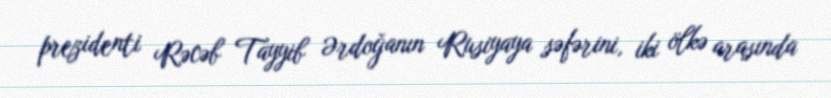
prezidenti Rəcəb Tayyib Ərdoğanın Rusiyaya səfərini, iki ölkə arasında